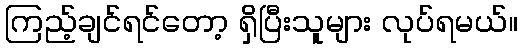
ကြည့်ချင်ရင်တော့ ရှိပြီးသူများ လုပ်ရမယ်။